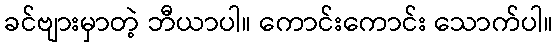
ခင်ဗျားမှာတဲ့ ဘီယာပါ။ ကောင်းကောင်း သောက်ပါ။